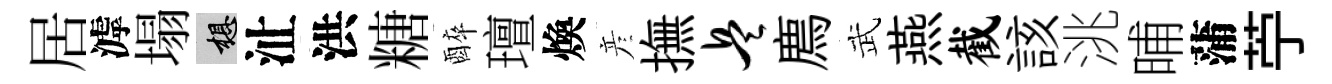
居滹塌想沚洪糖醉璮煥彦撫兵廌武燕截該洮晡蒲苧